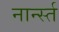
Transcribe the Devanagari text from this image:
नार्न्स्त